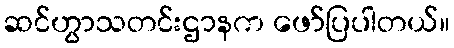
ဆင်ဟွာသတင်းဌာနက ဖော်ပြပါတယ်။